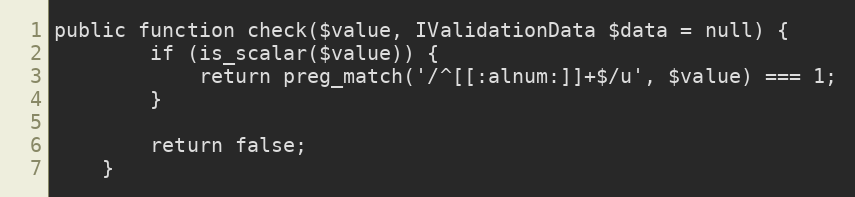
Language: PHP
public function check($value, IValidationData $data = null) {
        if (is_scalar($value)) {
            return preg_match('/^[[:alnum:]]+$/u', $value) === 1;
        }

        return false;
    }